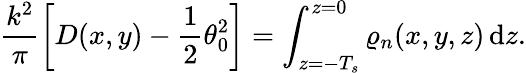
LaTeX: \frac{k^{2}}{\pi}\left[D(x,y)-\frac{1}{2}\theta_{0}^{2}\right]=\int_{z=-T_{s}}^{z=0}\varrho_{n}(x,y,z)\, \mathrm{d}z.